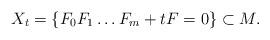
LaTeX: \begin{align*}X_t= \{ F_0F_1\ldots F_m +tF=0 \} \subset M.\end{align*}